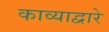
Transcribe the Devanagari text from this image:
काव्याद्वारे